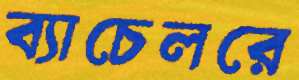
ব্যাচেলরে